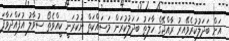
އަށް ބަދަލުކުރެވޭއިރު ރާއްޖޭގެ ހާލަތު ބަދަލުކުރަން މަސައްކަތް ނުކުރަނީ ކީއްވެތޯ ސުވާލު އުފައްދަވާފަ